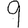
Digit: 9